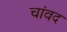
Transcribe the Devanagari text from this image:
चांवद